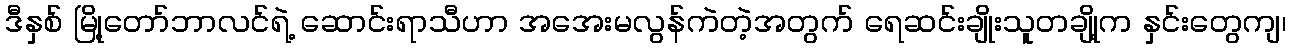
ဒီနှစ် မြို့တော်ဘာလင်ရဲ့ ဆောင်းရာသီဟာ အအေးမလွန်ကဲတဲ့အတွက် ရေဆင်းချိုးသူတချို့က နှင်းတွေကျ၊